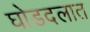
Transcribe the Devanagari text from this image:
घोडदलात